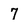
Character: 7